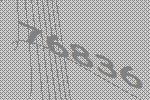
76836